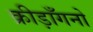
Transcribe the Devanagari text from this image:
क्रीड़ाँगनो